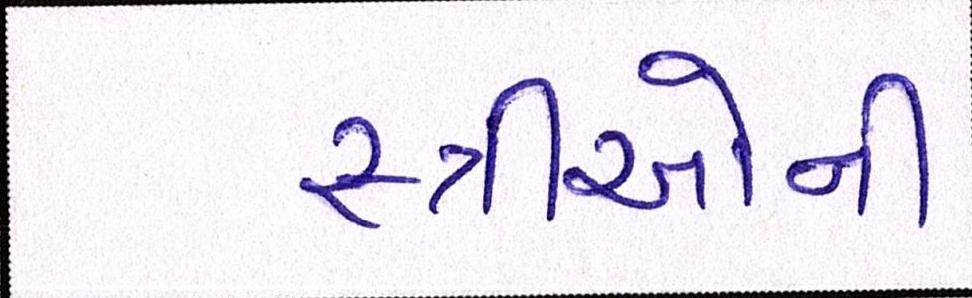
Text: સ્ત્રીઓની